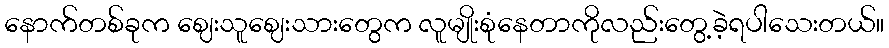
နောက်တစ်ခုက ဈေးသူဈေးသားတွေက လူမျိုးစုံနေတာကိုလည်းတွေ့ခဲ့ရပါသေးတယ်။